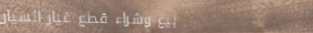
بيع وشراء قطع غيار السيار